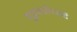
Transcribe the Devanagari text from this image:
मुद्राशास्त्रियों